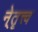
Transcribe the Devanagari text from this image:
ने्तॄत्त्व